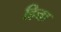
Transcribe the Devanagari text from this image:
हित्ता